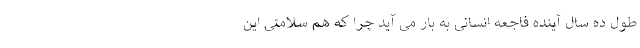
طول ده سال آینده فاجعه انسانی به بار می آید چرا که هم سلامتی این